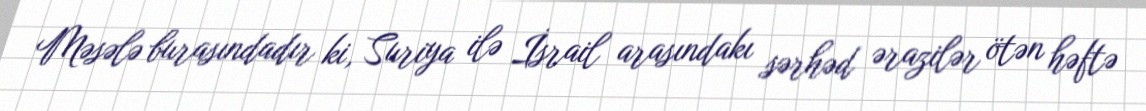
Məsələ burasındadır ki, Suriya ilə İsrail arasındakı sərhəd ərazilər ötən həftə